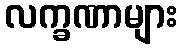
လက္ခဏာများ